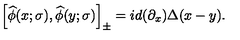
\left[ { \widehat { \phi } ( x ; \sigma ) , \widehat { \phi } ( y ; \sigma ) } \right] _ { \pm } = i d ( \partial _ { x } ) \Delta ( x - y ) .